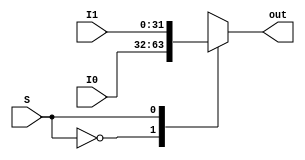
// Mux2to1_32bit

module Mux2to1_32bit ( I0,
				       I1,
				       S,
				       out);

	parameter bit_size = 32;

	input [bit_size-1:0] I0;
	input [bit_size-1:0] I1;
	input S;

	output [bit_size-1:0] out;

	reg [bit_size-1:0] out;

	always@(*)
	begin
		out = 0;
		case(S)
			0: out = I0;
			1: out = I1;
		endcase
	end

endmodule